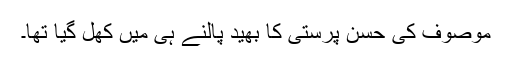
موصوف کی حسن پرستی کا بھید پالنے ہی میں کھل گیا تھا۔